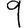
Digit: 9